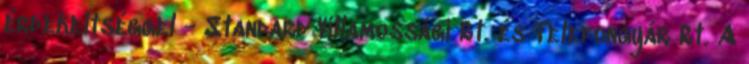
érdekeltséggel - Standard Villamossági Rt. és Telefongyár Rt. A